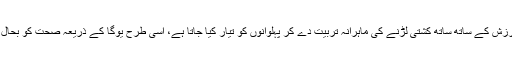
ہندوستان کے قدیم اکھاڑوں میں ورزش کے ساتھ ساتھ کشتی لڑنے کی ماہرانہ تربیت دے کر پہلوانوں کو تیار کیا جاتا ہے، اسی طرح یوگا کے ذریعہ صحت کو بحال رکھنے کی کوشش کی جاتی ہے۔